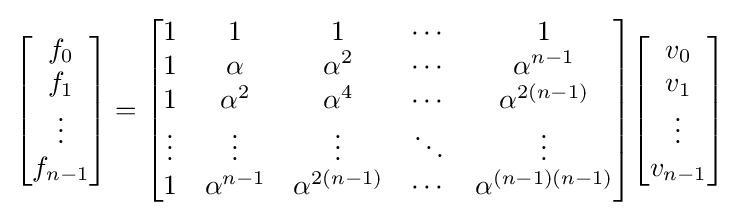
{\begin{bmatrix}f_{0}\\f_{1}\\\vdots \\f_{n-1}\end{bmatrix}}={\begin{bmatrix}1&1&1&\cdots &1\\1&\alpha &\alpha ^{2}&\cdots &\alpha ^{n-1}\\1&\alpha ^{2}&\alpha ^{4}&\cdots &\alpha ^{2(n-1)}\\\vdots &\vdots &\vdots &\ddots &\vdots \\1&\alpha ^{n-1}&\alpha ^{2(n-1)}&\cdots &\alpha ^{(n-1)(n-1)}\\\end{bmatrix}}{\begin{bmatrix}v_{0}\\v_{1}\\\vdots \\v_{n-1}\end{bmatrix}}